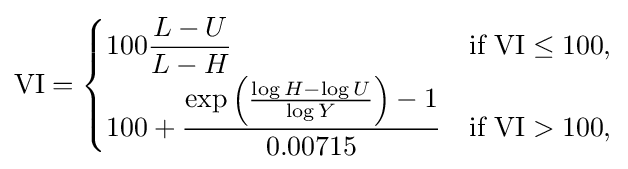
{\text{VI}}={\begin{cases}100{\dfrac {L-U}{L-H}}&{\text{if VI}}\leq 100,\\100+{\dfrac {\exp \left({\frac {\log H-\log U}{\log Y}}\right)-1}{0.00715}}&{\text{if VI}}>100,\end{cases}}